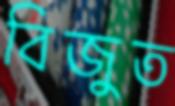
বিজুত